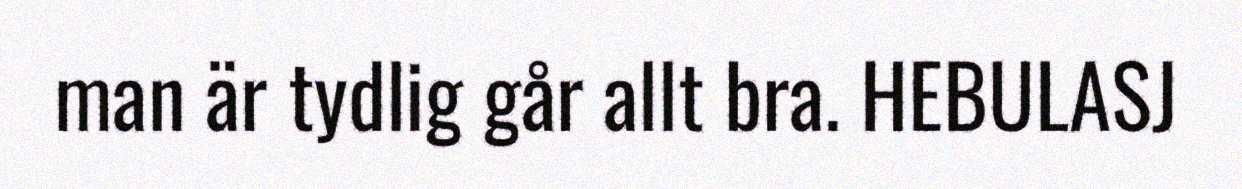
man är tydlig går allt bra. HEBULASJ